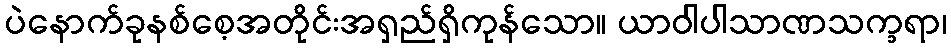
ပဲနောက်ခုနစ်စေ့အတိုင်းအရှည်ရှိကုန်သော။ ယာဝါပါသာဏသက္ခရာ၊